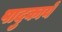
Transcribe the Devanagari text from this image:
पादुकायें